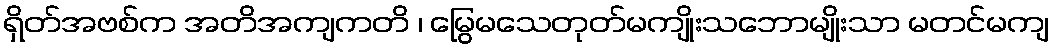
ရှိတ်အဗစ်က အတိအကျကတိ ၊ မြွေမသေတုတ်မကျိုးသဘောမျိုးသာ မတင်မကျ